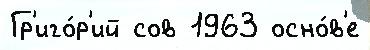
Гр'иго́р'ий сов 1963 осно́в'е